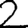
Digit: 2